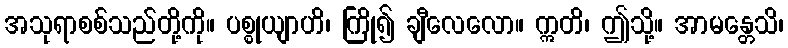
အသုရာစစ်သည်တို့ကို။ ပစ္စုယျာဟိ၊ ကြို၍ ချီလေလော။ ဣတိ၊ ဤသို့။ အာမန္တေသိ၊